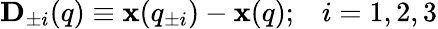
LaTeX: {\mathbf D}_{\pm i}({q})\equiv{\mathbf x}({q}_{\pm i})-{\mathbf x}({q});\; \; \; i=1,2,3